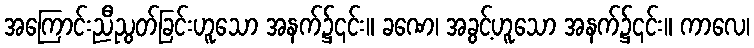
အကြောင်းညီညွတ်ခြင်းဟူသော အနက်၌၎င်း။ ခဏေ၊ အခွင့်ဟူသော အနက်၌၎င်း။ ကာလေ၊